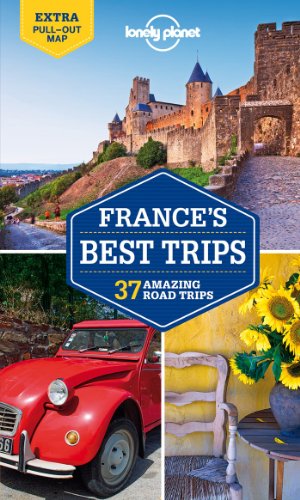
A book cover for Lonely Planet France's Best Trips (Travel Guide); Lonely Planet; Travel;